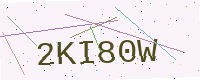
Text: 2KI80W